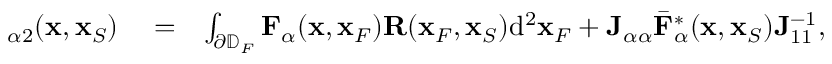
\begin{array} { r l r } { { \bf \Gamma } _ { \alpha 2 } ( { \bf x } , { \bf x } _ { S } ) } & { { } = } & { \int _ { \partial \mathbb { D } _ { F } } { \bf F } _ { \alpha } ( { \bf x } , { \bf x } _ { F } ) { \bf R } ( { \bf x } _ { F } , { \bf x } _ { S } ) \mathrm { d } ^ { 2 } { \bf x } _ { F } + { \bf J } _ { \alpha \alpha } { { \bar { \bf F } } } _ { \alpha } ^ { * } ( { \bf x } , { \bf x } _ { S } ) { \bf J } _ { 1 1 } ^ { - 1 } , } \end{array}